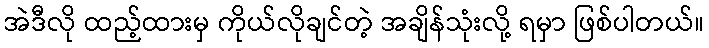
အဲဒီလို ထည့်ထားမှ ကိုယ်လိုချင်တဲ့ အချိန်သုံးလို့ ရမှာ ဖြစ်ပါတယ်။